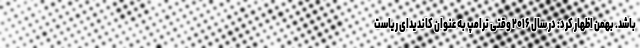
باشد. بهمن اظهار کرد: در سال ۲۰۱۶ وقتی ترامپ به عنوان کاندیدای ریاست